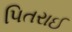
પિતરાઈ